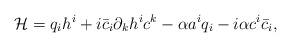
LaTeX: \begin{align*}{\cal H} = q_{i}h^{i} + i\bar c_{i}\partial_{k}h^{i}c^{k} - \alpha a^{i}q_{i} - i\alpha c^{i}\bar c_{i}, \end{align*}